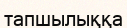
тапшылыққа